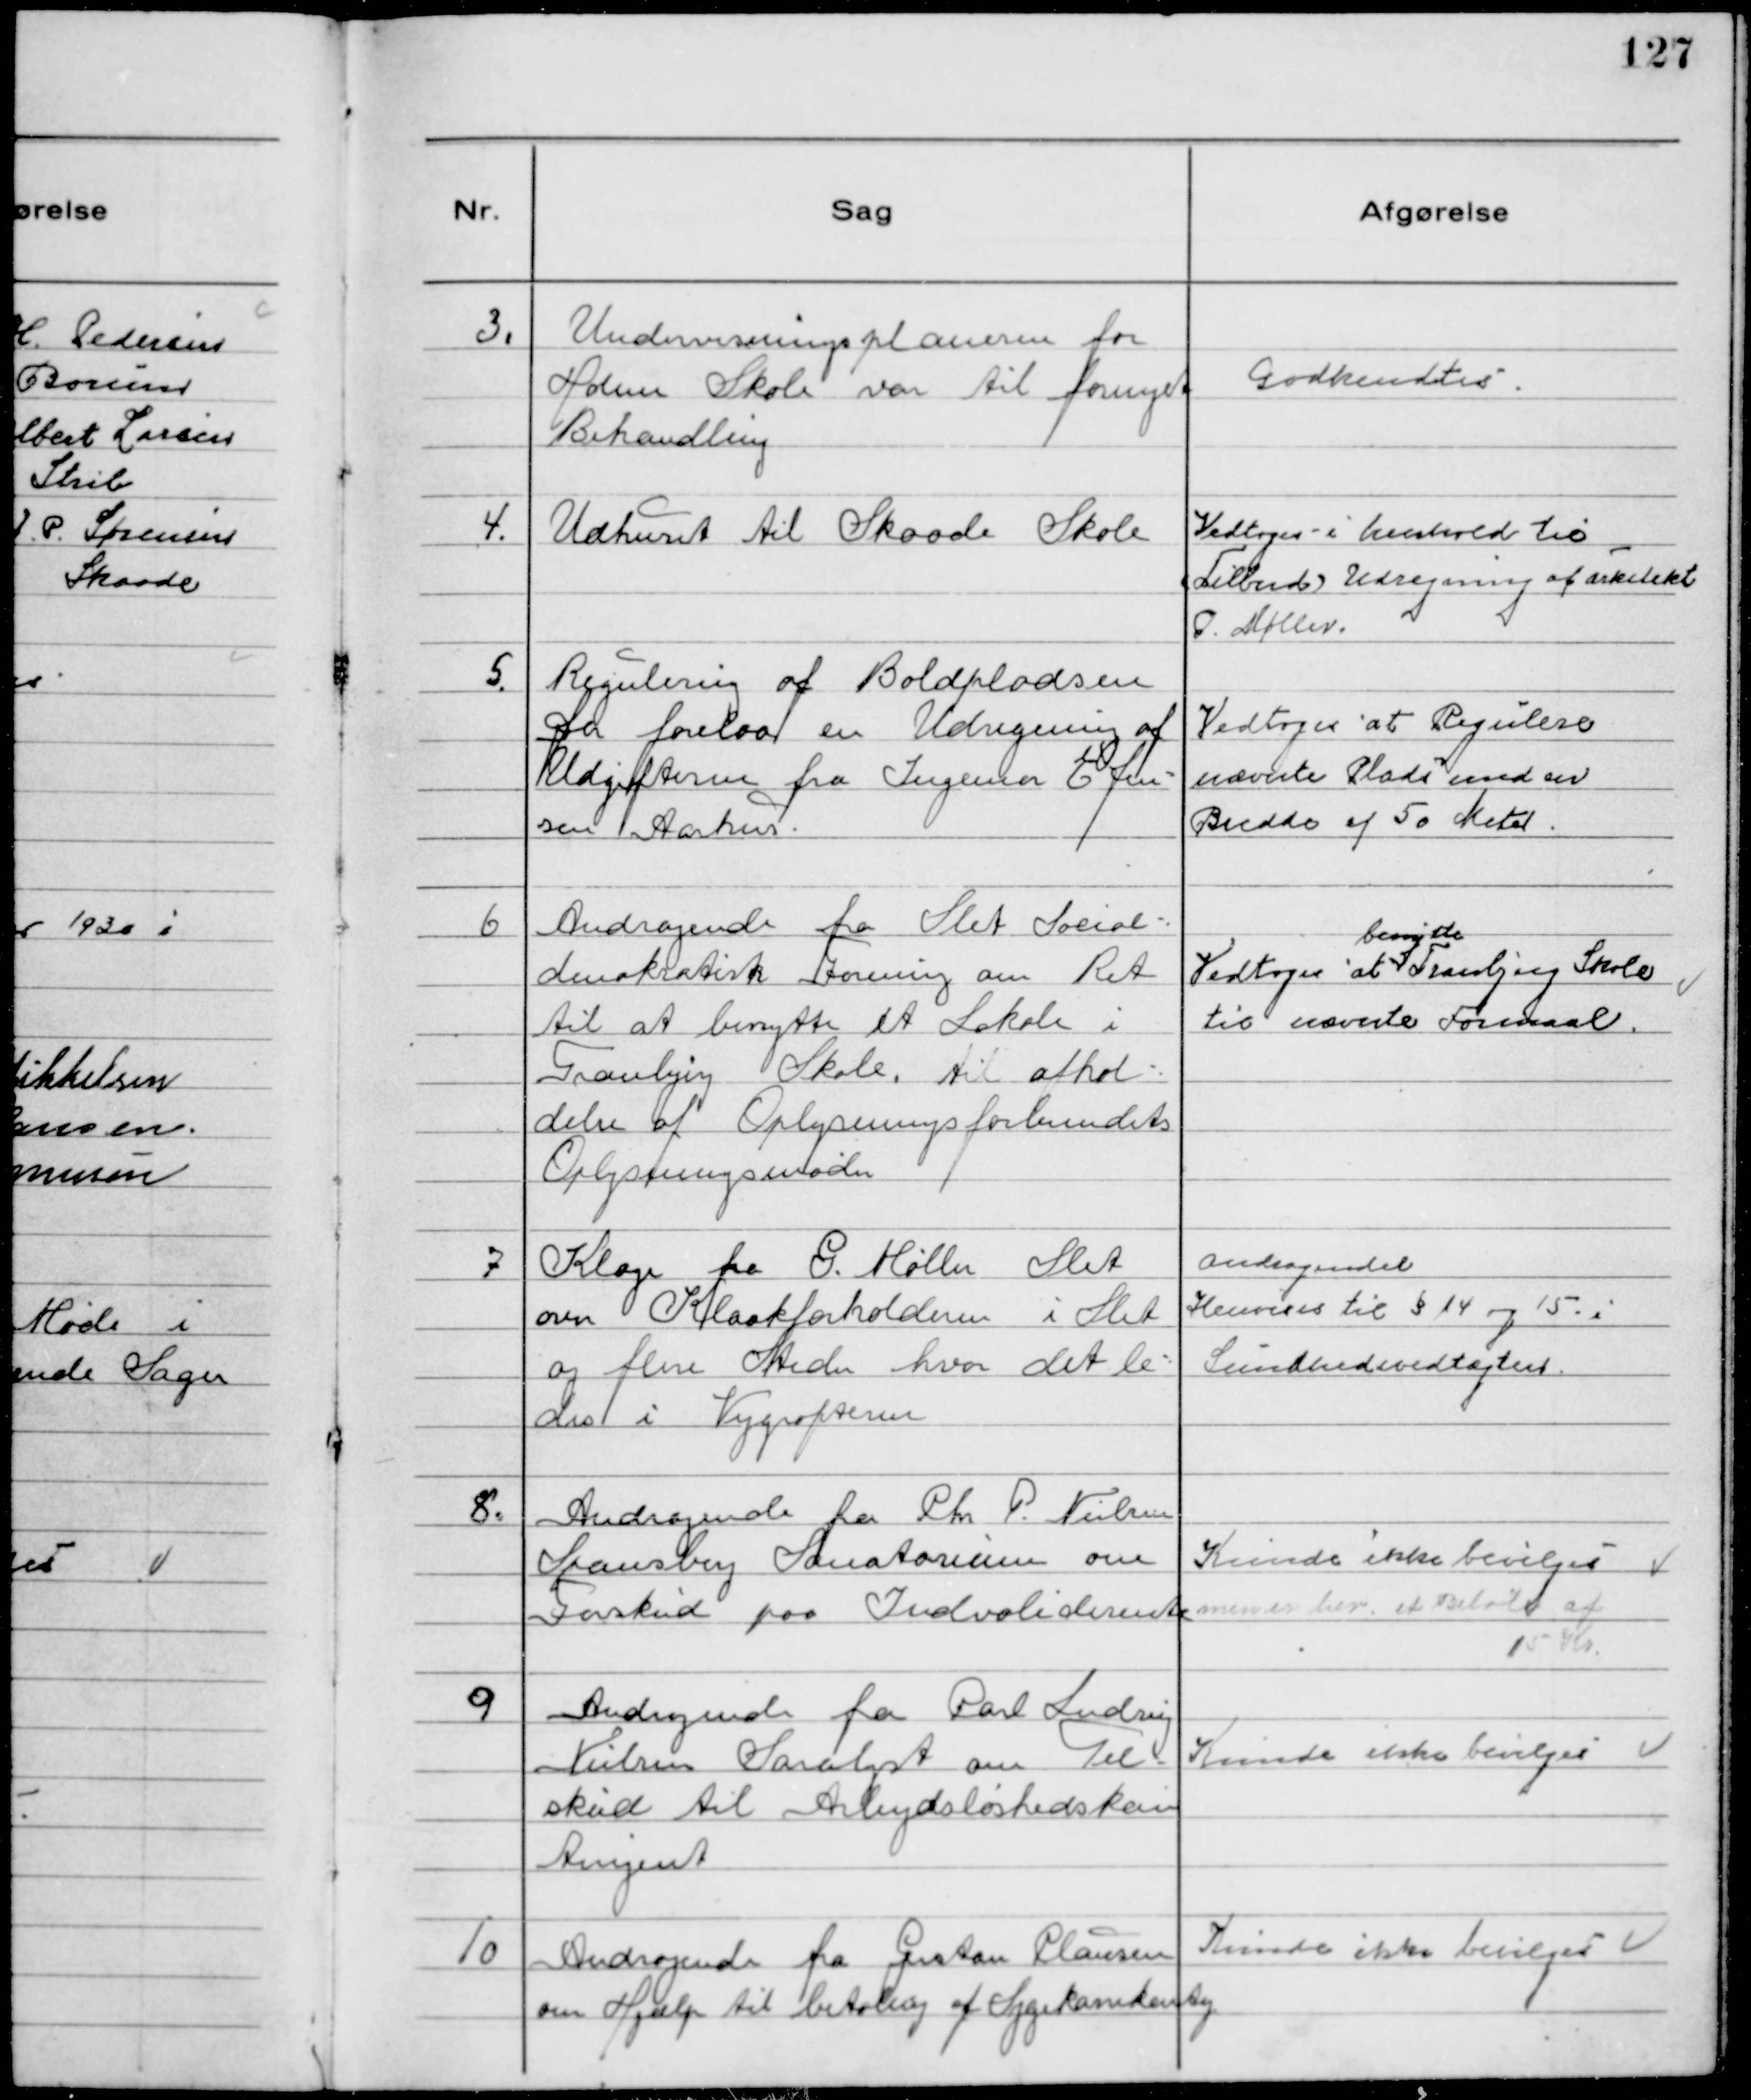
Transskription:
3.
Undervisningsplanerne for
Holme Skole var til fornyet
Behandling

Godkendtes

4.
Udhuset til Skaade Skole

Vedtoges i henhold til
Tilbud. Udregning af arkitekt
P. Møller.

5.
Regulering af Boldpladsen
Der forelaa en Udregning af
Udgifterne fra Ingeniør E. Jen-
sen Aarhus.

Vedtoges at Regulere
nævnte Plads med en
Bredde af 50 Meter.

6
Andragende fra Slet Social-
demokratisk Forening om Ret
til at benytte et Lokale i
Tranbjerg Skole. til afhol-
delse af Oplysningsforbundets
Oplysningsmøder

Vedtoges at
benytte
Tranbjerg Skole
til nævnte Formaal.

7
Klage fra G. Møller Slet
om Kloakforholdene i Slet
og flere Steder hvor det le-
des i Vejgrøfterne

Andragendet
Henvises til § 14 og 15 i
Sundhedsvedtægten.

8.
Andragende fra Chr. P. Nielsen
Spansberg Sanatorium om
Forskud paa Indvaliderente

Kunde ikke bevilges
men er bev. et Beløb af
15 Kr

9
Andragende fra Carl Ludvig
Nielsen Saralyst om Til-
skud til Arbejdsløshedskon
tingent

Kunde ikke bevilges

10
Andragende fra Gustav Clausen
om Hjælp til betaling af Sygekassekontig.

Kunde ikke bevilges